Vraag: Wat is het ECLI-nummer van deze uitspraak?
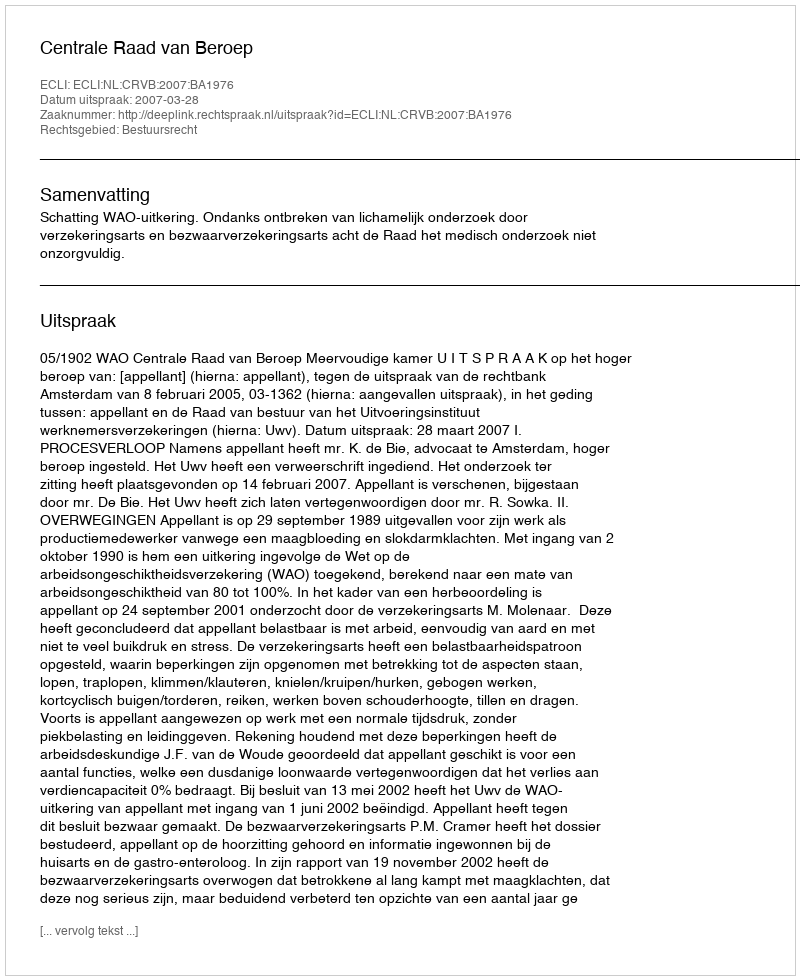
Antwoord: ECLI:NL:CRVB:2007:BA1976